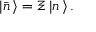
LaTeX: | { \bar { n } } \, \rangle = { \Xi } \, | n \, \rangle \, .